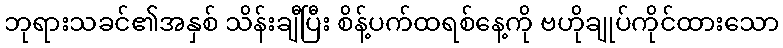
ဘုရားသခင်၏အနှစ် သိန်းချီပြီး စိန့်ပက်ထရစ်နေ့ကို ဗဟိုချုပ်ကိုင်ထားသော